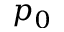
p _ { 0 }